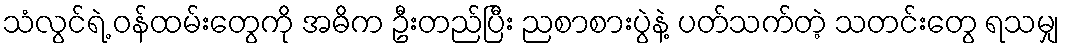
သံလွင်ရဲ့ ဝန်ထမ်းတွေကို အဓိက ဦးတည်ပြီး ညစာစားပွဲနဲ့ ပတ်သက်တဲ့ သတင်းတွေ ရသမျှ